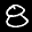
Label: 8